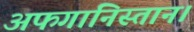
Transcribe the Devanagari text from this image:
अफगानिस्तान।